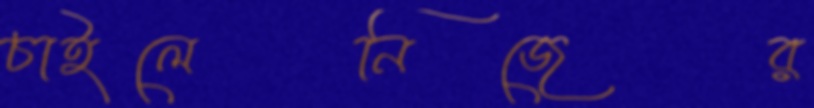
চাইলেনিজের